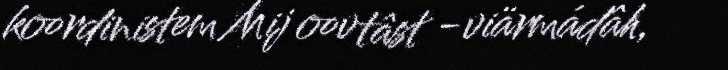
koordinistem Mij oovtâst -viärmádâh,